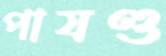
পাষণ্ড